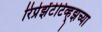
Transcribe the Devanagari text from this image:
रिप्रेझेंटेटिव्ह्झच्या